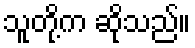
သူတို့က ဆိုသည်။